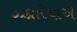
ઝકારિયાએ